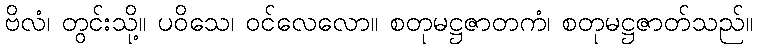
ဗိလံ၊ တွင်းသို့။ ပဝိသေ၊ ဝင်လေလော။ စတုမဋ္ဌဇာတကံ၊ စတုမဋ္ဌဇာတ်သည်။